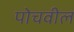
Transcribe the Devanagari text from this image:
पोचवील